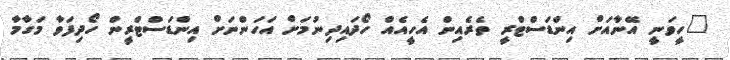
"ހީވަނީ އޭނާއަށް އިންޑަސްޓްރީ ތެރެއިން އެހީއެއް ހޯދައިދިނުމަށް އަހަންނަށް އިންޑަސްޓްރީން ހޯދިފަވާ މަގާމާ